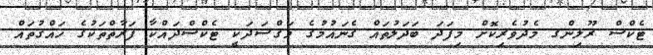
ޓެކްސް ރޫލިންގ މެދުވެރިކޮށް މިފަދަ ބަދަލުތައް ގެނައުމުގެ މަޤްސަދަކީ ޓެކްސްދައްކާ ފަރާތްތަކުގެ ހައްޤުތައް